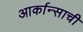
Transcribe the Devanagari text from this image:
आर्कान्साची